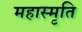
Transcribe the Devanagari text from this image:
महास्मृति